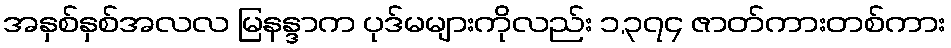
အနှစ်နှစ်အလလ မြနန္ဒာက ပုဒ်မများကိုလည်း ၁,၃၇၄ ဇာတ်ကားတစ်ကား